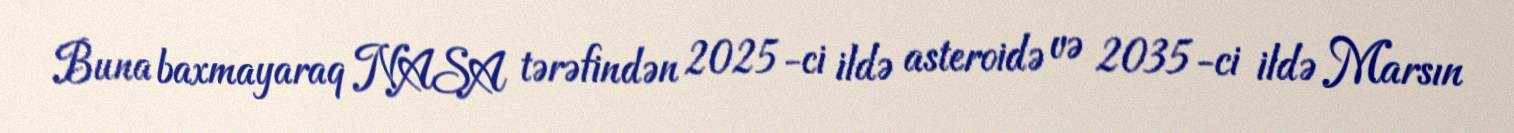
Buna baxmayaraq NASA tərəfindən 2025-ci ildə asteroidə və 2035-ci ildə Marsın